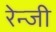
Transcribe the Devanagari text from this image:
रेन्जी